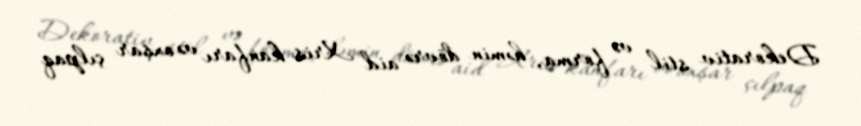
Dekorativ stil və forma, həmin dövrə aid Xris kanfarı və oxşar çılpaq